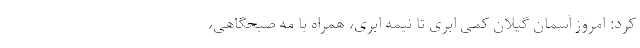
کرد: امروز آسمان گیلان کمی ابری تا نیمه ابری، همراه با مه صبحگاهی،